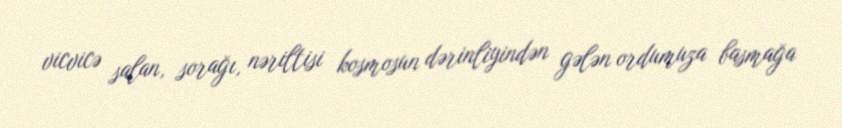
vicvicə salan, sorağı, nəriltisi kosmosun dərinliyindən gələn ordumuza basmağa